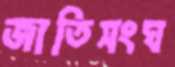
জাতিসংঘ